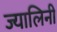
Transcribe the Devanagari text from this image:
ज्यालिनी